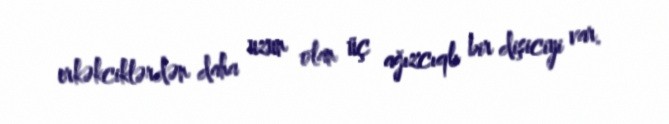
erkəkciklərdən daha uzun olan üç ağızcıqlı bir dişiciyi var.